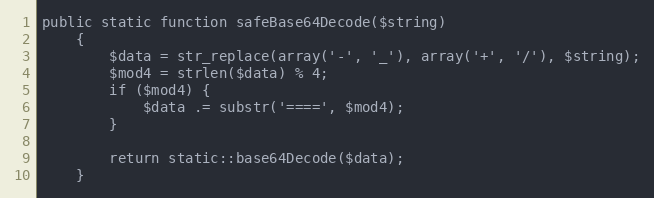
Language: PHP
public static function safeBase64Decode($string)
    {
        $data = str_replace(array('-', '_'), array('+', '/'), $string);
        $mod4 = strlen($data) % 4;
        if ($mod4) {
            $data .= substr('====', $mod4);
        }

        return static::base64Decode($data);
    }